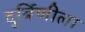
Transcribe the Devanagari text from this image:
दुर्बिणीला